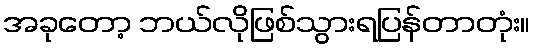
အခုတော့ ဘယ်လိုဖြစ်သွားရပြန်တာတုံး။